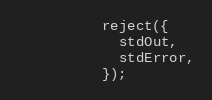
Language: JavaScript
          reject({
            stdOut,
            stdError,
          });